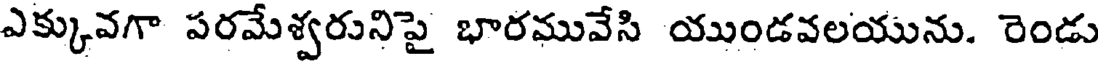
ఎక్కువగా పరమేశ్వరునిపై భారమువేసి యుండవలయును. రెండు